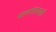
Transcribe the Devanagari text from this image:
पंख्यांसारखी